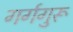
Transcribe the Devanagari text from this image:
गर्गगुरू